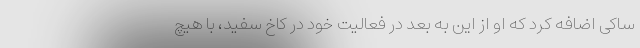
ساکی اضافه کرد که او از این به بعد در فعالیت خود در کاخ سفید، با هیچ